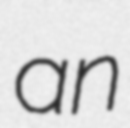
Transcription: an